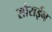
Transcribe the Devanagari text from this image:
सौराईन